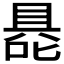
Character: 𭉦